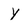
Character: Y